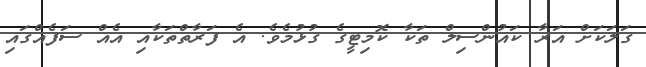
ގަލަކަށް އަރާ ކައުންސިލް ތަކާ ކޮމިޓީގެ ގުޅުމެވެ. އެ ފަރާތްތަކާއި އެއް ސަފެއްގައި